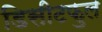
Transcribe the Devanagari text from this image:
डिसीटफुल